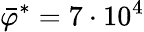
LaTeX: \bar{\varphi}^{*}=7\cdot 10^{4}